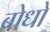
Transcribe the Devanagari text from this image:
बोधो